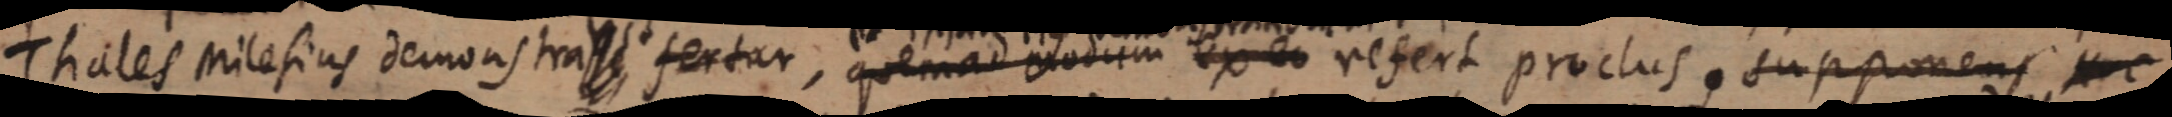
Thales milesias demonstrass fertur, quemad itoum resert proclusu supponens